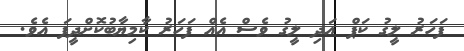
ފަހަރު ލީގު ކަޕް އަދި ލީގު ވެސް އެއް ފަހަރު ކާމިޔާބުކޮށްދީފަ އެވެ.